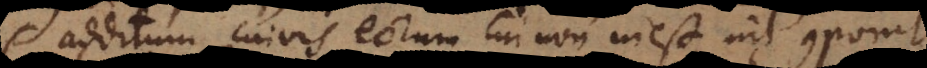
additum cuivis eorum cui non inest nil componit